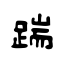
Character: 踹